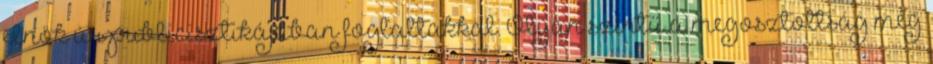
elnök úr publicisztikájában foglaltakkal. Olyan szintű a megosztottság még